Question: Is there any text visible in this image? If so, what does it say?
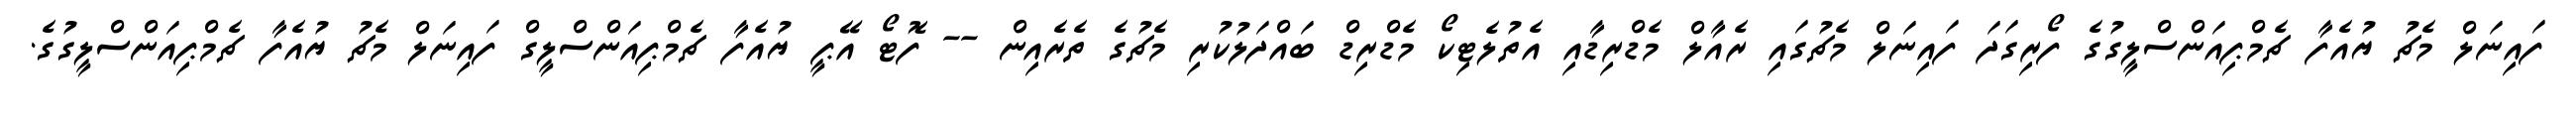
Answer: ފައިނަލް މެޗު ޔުއެފާ ޗެމްޕިއަންސްލީގުގެ ފޯރިގަދަ ފައިނަލް މެޗުގައި ރެއާލް މެޑްރިޑާއި އެތުލެޓިކޯ މެޑްރިޑް ބައްދަލުކުރި މެޗުގެ ތެރެއިން -- ފޮޓޯ އޭޕީ ޔުއެފާ ޗެމްޕިއަންސްލީގް ފައިނަލް މެޗު ޔުއެފާ ޗެމްޕިއަންސްލީގުގެ.